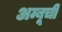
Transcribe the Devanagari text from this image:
अम्बूची